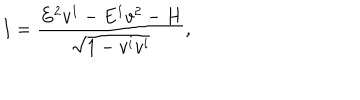
LaTeX: I = \frac { E ^ { 2 } v ^ { 1 } - E ^ { 1 } v ^ { 2 } - H } { \sqrt { 1 - v ^ { i } v ^ { i } } } ,